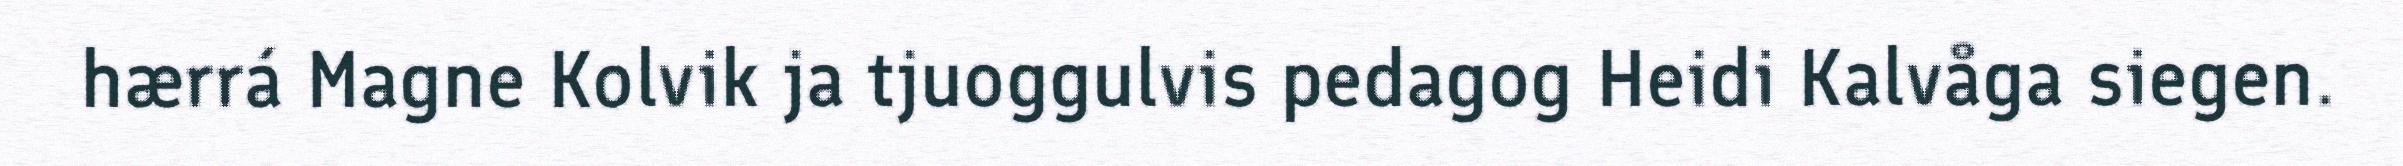
hærrá Magne Kolvik ja tjuoggulvis pedagog Heidi Kalvåga siegen.